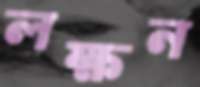
লক্ষন